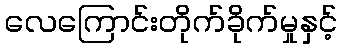
လေကြောင်းတိုက်ခိုက်မှုနှင့်